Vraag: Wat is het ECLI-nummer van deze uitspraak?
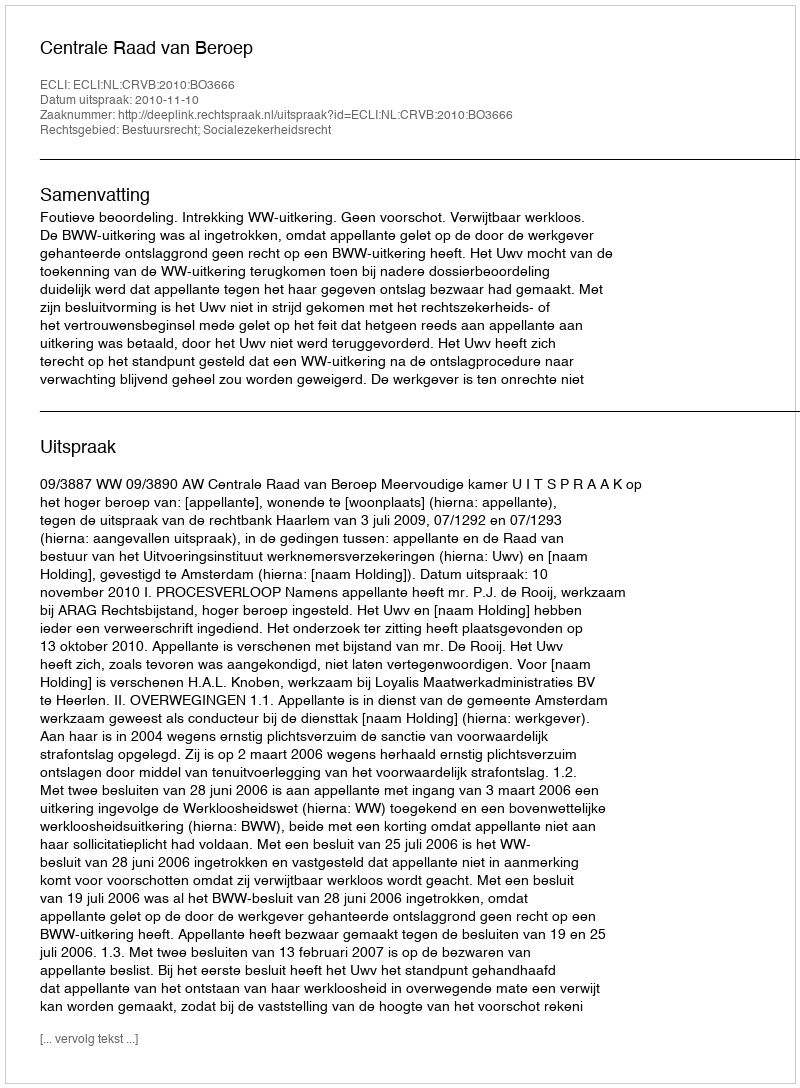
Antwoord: ECLI:NL:CRVB:2010:BO3666